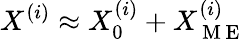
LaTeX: X^{(i)}\approx X_{0}^{(i)}+X_{\mathrm{~M~E~}}^{(i)}